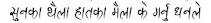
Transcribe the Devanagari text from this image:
शुल्कका थैला हातका मैला के गर्नु धनले